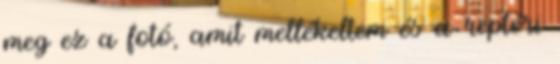
meg ez a fotó, amit mellékeltem és a reptéri